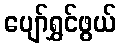
ပျော်ရွှင်ဖွယ်